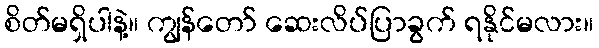
စိတ်မရှိပါနဲ့။ ကျွန်တော် ဆေးလိပ်ပြာခွက် ရနိုင်မလား။